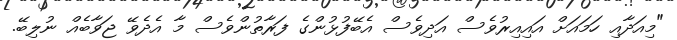
"މިއަދާއި ހަމައަށް އައިއިރުވެސް އަދިވެސް އެބޭފުޅުންގެ ފަރާތުންވެސް މާ އެދެވޭ ޖަވާބެއް ނުލިބޭ.